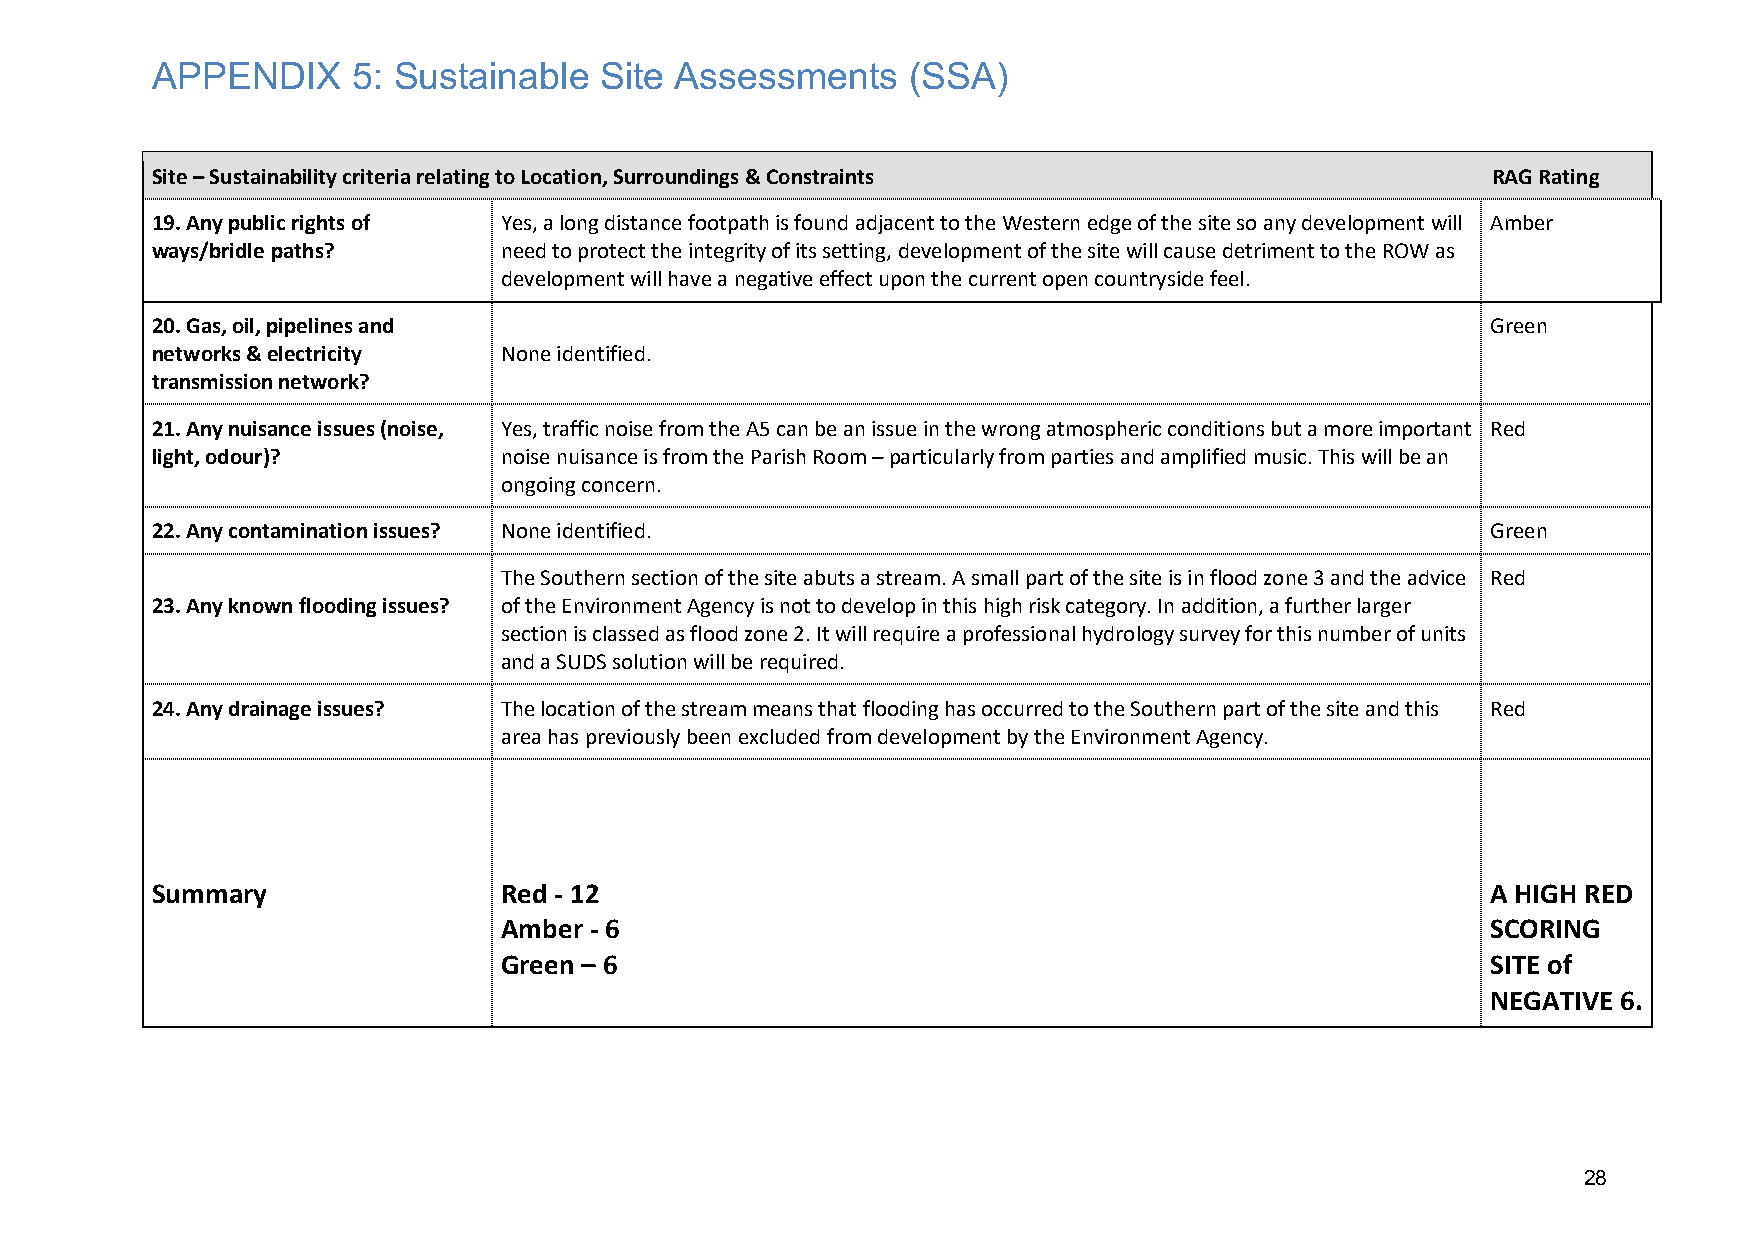
APPENDIX     5: Sustainable   Site Assessments    (SSA)
 Site – Sustainability criteria relating to Location, Surroundings & Constraints          RAG Rating
 19. Any public rights of Yes, a long distance footpath is found adjacent to the Western edge of the site so any development will Amber
 ways/bridle paths?     need to protect the integrity of its setting, development of the site will cause detriment to the ROW as
 development will have a negative effect upon the current open countryside feel.
 20. Gas, oil, pipelines and                                                              Green
 networks & electricity None identified.
 transmission network?
 21. Any nuisance issues (noise, Yes, traffic noise from the A5 can be an issue in the wrong atmospheric conditions but a more important Red
 light, odour)?         noise nuisance is from the Parish Room – particularly from parties and amplified music. This will be an
 ongoing concern.
 22. Any contamination issues? None identified.                                           Green
 The Southern section of the site abuts a stream. A small part of the site is in flood zone 3 and the advice Red
 23. Any known flooding issues? of the Environment Agency is not to develop in this high risk category. In addition, a further larger
 section is classed as flood zone 2. It will require a professional hydrology survey for this number of units
 and a SUDS solution will be required.
 24. Any drainage issues? The location of the stream means that flooding has occurred to the Southern part of the site and this Red
 area has previously been excluded from development by the Environment Agency.
 Summary                Red - 12                                                          A HIGH RED
 Amber - 6                                                         SCORING
 Green – 6                                                         SITE of
 NEGATIVE 6.
 28